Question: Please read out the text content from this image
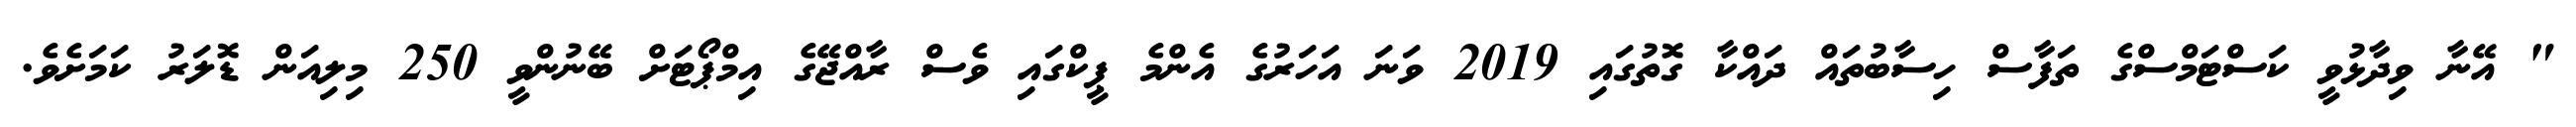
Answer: " އޭނާ ވިދާޅުވީ ކަސްޓަމްސްގެ ތަފާސް ހިސާބުތައް ދައްކާ ގޮތުގައި 2019 ވަނަ އަހަރުގެ އެންމެ ޕީކްގައި ވެސް ރާއްޖޭގެ އިމްޕޯޓަށް ބޭނުންވީ 250 މިލިއަން ޑޮލަރު ކަމަށެވެ.